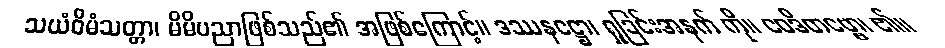
သယံဝိမံသတ္တာ၊ မိမိပညာဖြစ်သည်၏ အဖြစ်ကြောင့်။ ဒဿနဋ္ဌော၊ ရှုခြင်းအနက် ကို။ ဝေဒိတဗ္ဗော၊ ၏။